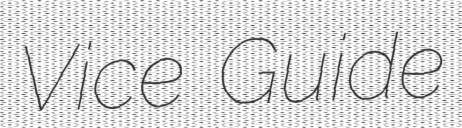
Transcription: Vice Guide